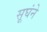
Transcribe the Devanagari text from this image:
सूघंने